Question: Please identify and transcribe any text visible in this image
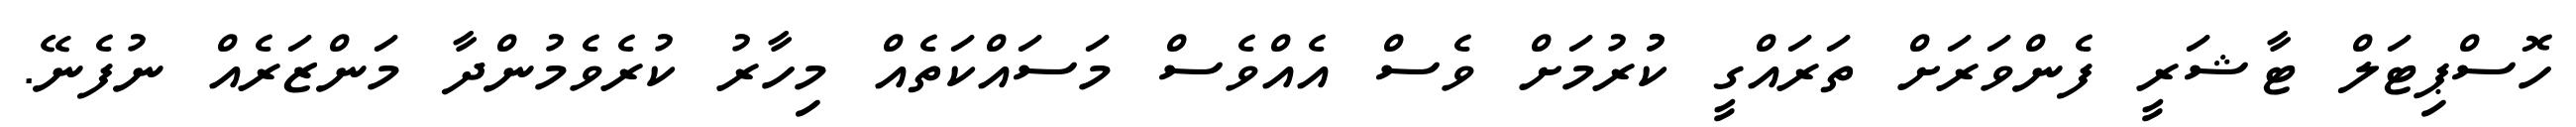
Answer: ހޮސްޕިޓަލް ޓާޝަރީ ފެންވަރަށް ތަރައްގީ ކުުރުމަށް ވެސް އެއްވެސް މަސައްކަތެއް މިހާރު ކުރެވެމުންދާ މަންޒަރެއް ނުފެނޭ.